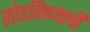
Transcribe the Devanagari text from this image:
सोडविण्याची